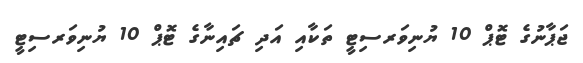
ޖަޕާނުގެ ޓޮޕް 10 ޔުނިވަރސިޓީ ތަކާއި އަދި ޗައިނާގެ ޓޮޕް 10 ޔުނިވަރސިޓީ